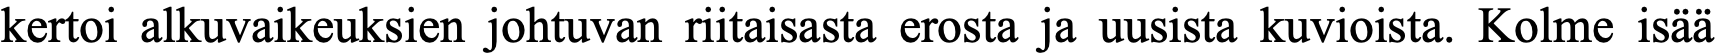
kertoi alkuvaikeuksien johtuvan riitaisasta erosta ja uusista kuvioista. Kolme isää